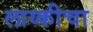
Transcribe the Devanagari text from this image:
लाय्कीचा